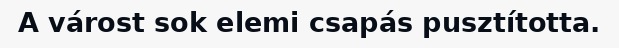
A várost sok elemi csapás pusztította.